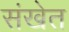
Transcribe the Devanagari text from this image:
संखेत